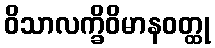
ဝိသာလက္ခိဝိမာနဝတ္ထု